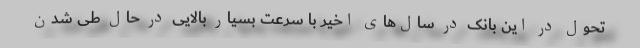
تحول در این بانک در سال‌های اخیر با سرعت بسیار بالایی در حال طی شدن